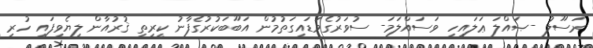
ރަސޫލު -ޞައްލަ ޢަލައިހި ވަސައްލަމަ- ސުވަރުގެވަޑައިގަތުމުން އަބޫބަކުރުގެފާނު ކީރިތި ޤުރުއާން ލިޔެވިފައި ހުރި